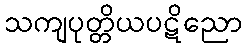
သကျပုတ္တိယပဋိညော